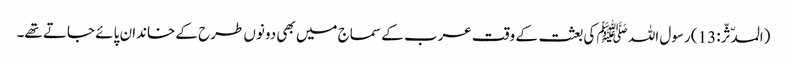
(المدّثّر: 13) رسول اللہ ﷺ کی بعثت کے وقت عرب کے سماج میں بھی دونوں طرح کے خاندان پائے جاتے تھے۔